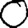
Digit: 0